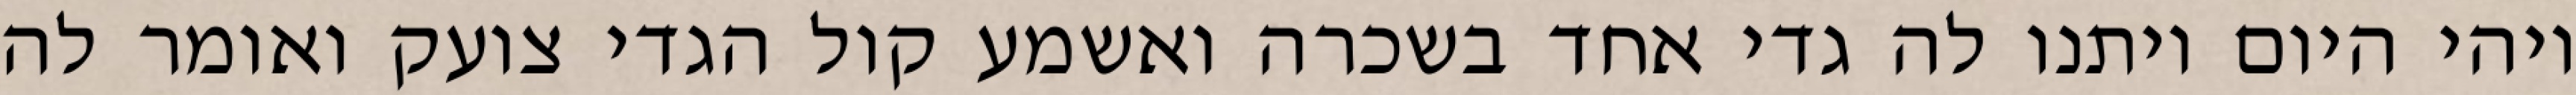
ויהי היום ויתנו לה גדי אחד בשכרה ואשמע קול הגדי צועק ואומר לה